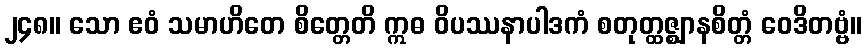
၂၄၈။ သော ဧဝံ သမာဟိတေ စိတ္တေတိ ဣဓ ဝိပဿနာပါဒကံ စတုတ္ထဇ္ဈာနစိတ္တံ ဝေဒိတဗ္ဗံ။